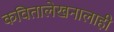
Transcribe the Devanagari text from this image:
कवितालेखनालाही